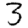
Digit: 3